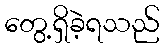
တွေ့ရှိခဲ့ရသည်